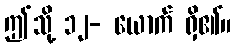
ဤသို့ ၁၂- ယောက် ရှိ၏။